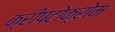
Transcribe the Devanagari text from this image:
क्रीपटोक्रोम